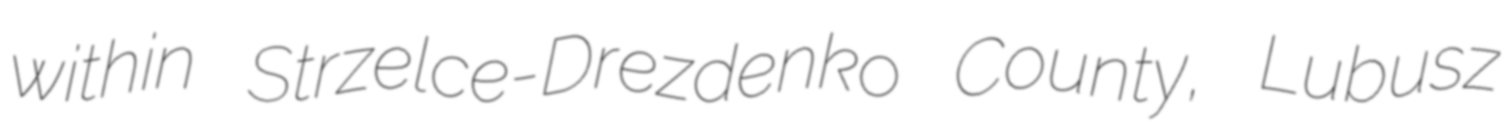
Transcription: within Strzelce-Drezdenko County, Lubusz